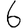
Digit: 6